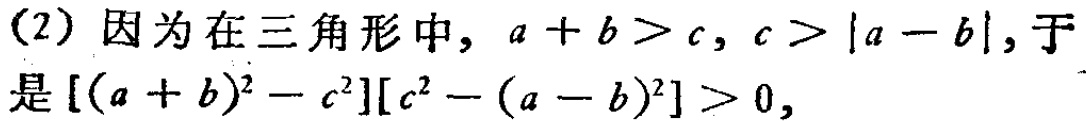
(2) 因为在三角形中，\(a + b > c\)，\(c > |a - b|\)，于是\([(a + b)^2 - c^2][c^2 - (a - b)^2] > 0\)，